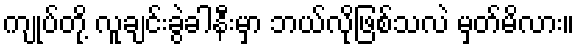
ကျုပ်တို့ လူချင်းခွဲခါနီးမှာ ဘယ်လိုဖြစ်သလဲ မှတ်မိလား။